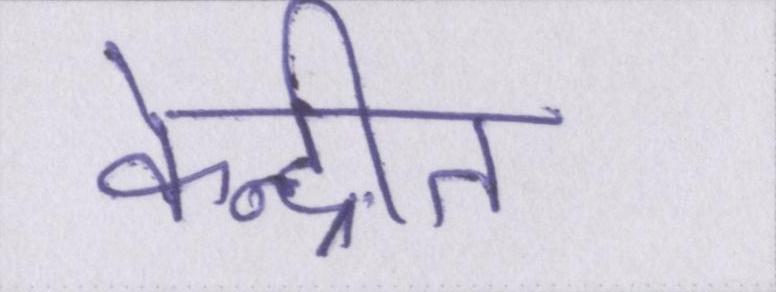
केन्द्रीत